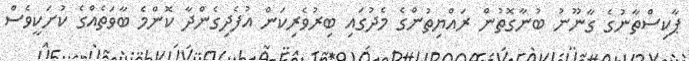
ޕާކިސްތާނުގެ ގާނޫނު ބުނާގޮތުން ރައްޔިތުންގެ މެދުގައި ބިރުވެރިކަން އުފެދިގެންދާ ކޮންމެ ބާވަތެއްގެ ކުށަކީވެސް